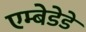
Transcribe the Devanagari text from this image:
एम्बेडेडे